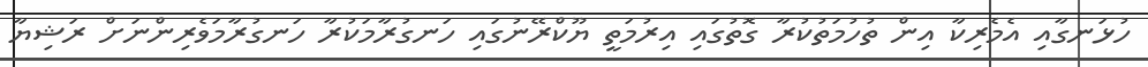
ހުޅަނގާއި އެމެރިކާ އިން ތުހުމަތުކުރާ ގޮތުގައި އިރުމަތީ ޔޫކްރޭނުގައި ހަނގުރާމަކުރާ ހަނގުރާމަވެރިންނަށް ރަޝިޔާ